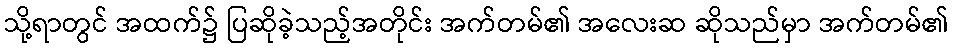
သို့ရာတွင် အထက်၌ ပြဆိုခဲ့သည့်အတိုင်း အက်တမ်၏ အလေးဆ ဆိုသည်မှာ အက်တမ်၏